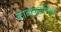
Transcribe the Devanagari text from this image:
काव्यकृतींतील